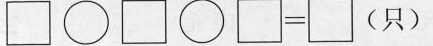
\Box\circ\Box\circ\Box=\Box(只)